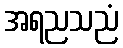
အရညသညံ